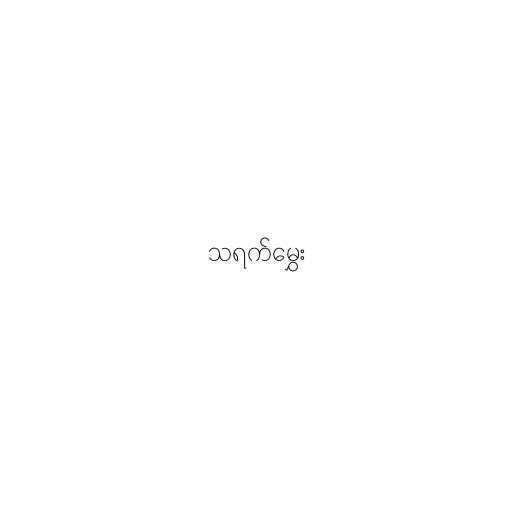
သရက်မွှေး